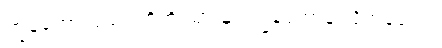
ကျွန်တော်လည်း ဟိုကို သွားမှာ ကျွန်တော်နဲ့ လိုက်ခဲ့လေ။